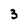
Character: 3